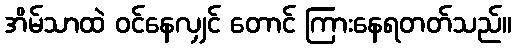
အိမ်သာထဲ ဝင်နေလျှင် တောင် ကြားနေရတတ်သည်။